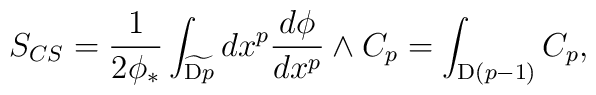
S_{CS}=\frac{1}{2\phi_*}\int_{\widetilde{\mathrm{D}p}}dx^p\frac{d\phi}{dx^p}\wedge C_p=\int_{\mathrm{D}(p-1)}C_p,